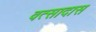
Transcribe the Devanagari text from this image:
वत्सादास